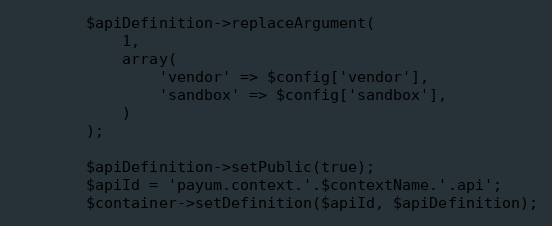
Language: PHP
        $apiDefinition->replaceArgument(
            1,
            array(
                'vendor' => $config['vendor'],
                'sandbox' => $config['sandbox'],
            )
        );

        $apiDefinition->setPublic(true);
        $apiId = 'payum.context.'.$contextName.'.api';
        $container->setDefinition($apiId, $apiDefinition);